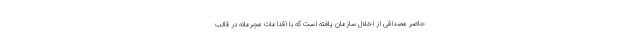
حاضر مصداقی از اخلال سازمان یافته است که با اقدامات مجرمانه در قالب